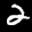
Label: 2